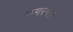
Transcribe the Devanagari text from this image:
नगरमल